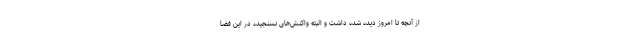
از آنچه تا امروز دیده شده داشت و البته واکنش‌های نسنجیده در این فضا